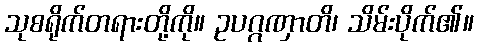
သုစရိုက်တရားတို့ကို။ ဥပဂ္ဂဏှာတိ၊ သိမ်းပိုက်၏။